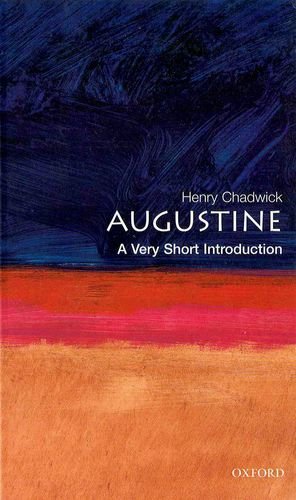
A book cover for Augustine: A Very Short Introduction; Henry Chadwick; Politics & Social Sciences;